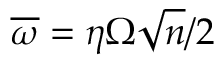
\overline { { \omega } } = \eta \Omega \sqrt { n } / 2